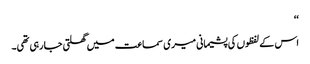
‘‘
اس کے لفظوں کی پشیمانی میری سماعت میں گھلتی جا رہی تھی۔